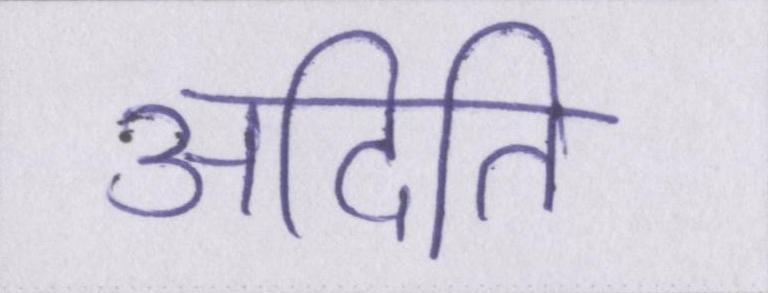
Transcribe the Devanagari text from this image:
अदिति